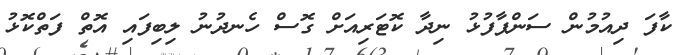
ކާފަ ދިއުމުން ސަންޕާފުޅު ނިދާ ކޮޓަރިއަށް ގޮސް ހެނދުނު ލިބިފައި އޮތް ފަތްކޮޅު